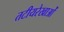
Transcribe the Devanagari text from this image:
तटीयरेखाओं